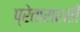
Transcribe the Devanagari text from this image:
प्रेतासरसी